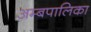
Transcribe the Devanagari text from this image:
अम्बपालिका